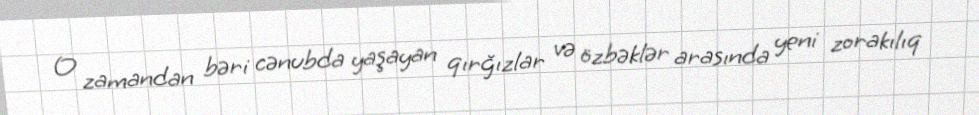
O zamandan bəri cənubda yaşayan qırğızlar və özbəklər arasında yeni zorakılıq